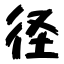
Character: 径